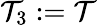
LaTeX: \mathcal{T}_{3}:=\mathcal{T}